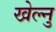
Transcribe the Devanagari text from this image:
खेल्नु